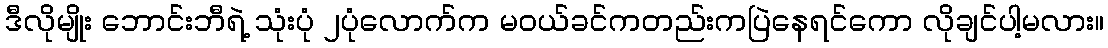
ဒီလိုမျိုး ဘောင်းဘီရဲ့ သုံးပုံ ၂ပုံလောက်က မဝယ်ခင်ကတည်းကပြဲနေရင်ကော လိုချင်ပါ့မလား။